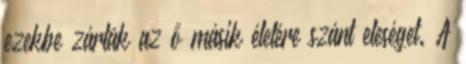
ezekbe zárták az ő másik életére szánt eleséget. A